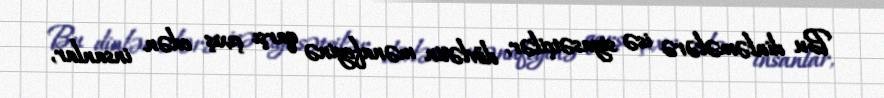
Bu dinləmələrə isə siyasətçilər, dövlətin mənafeyinə qarşı çıxış edən insanlar,